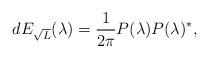
LaTeX: \begin{align*}dE_{\sqrt{L}}(\lambda) = \frac{1}{2\pi} P(\lambda)P(\lambda)^\ast, \end{align*}